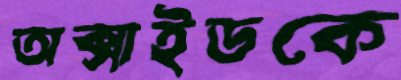
অক্সাইডকে